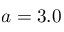
a = 3 . 0